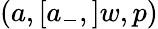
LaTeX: (a,[a_{-},]w,p)